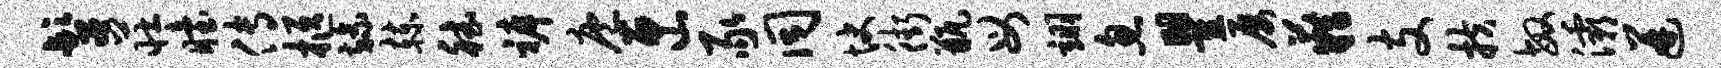
髫庄眙传柩旒赫德裤庖匣豕同快街瓶母翊忽瞿屡籍支扶敏灞迸